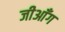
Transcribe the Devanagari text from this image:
जीआँग